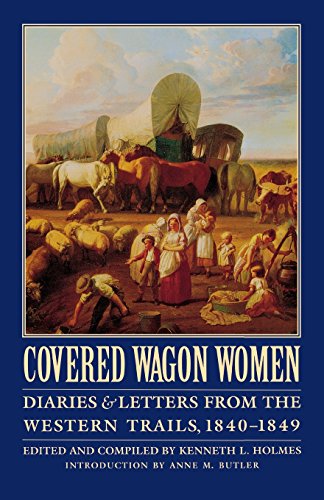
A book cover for Covered Wagon Women, Volume 1: Diaries and Letters from the Western Trails, 1840-1849; History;